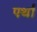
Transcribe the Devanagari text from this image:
पर्था